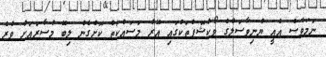
ނަމަވެސް އެއީ ޔުނިވާސަލްގެ ވޯކްޝޮޕްތަކުގައި އޭރު މަސައްކަތް ކޮށްގެން ލިބޭ މުސާރައަށް ވުރެ